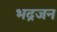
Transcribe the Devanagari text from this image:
भद्रजन